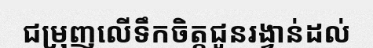
ជម្រុញលើទឹកចិត្តជូនរង្វាន់ដល់